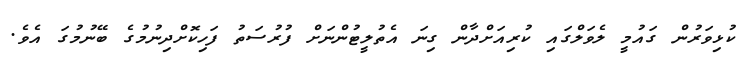
ކުޅިވަރުން ގައުމީ ލެވަލްގައި ކުރިއަށްދާން ގިނަ އެތުލީޓުންނަށް ފުރުސަތު ފަހިކޮށްދިނުމުގެ ބޭނުމުގަ އެވެ.